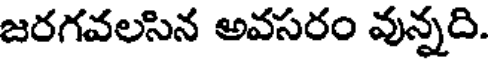
జరగవలసిన అవసరం వున్నది.